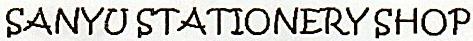
SANYU STATIONERY SHOP